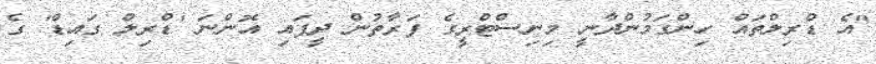
"އެ ޑްރިލްތައް ހިންގަމުންދާނީ މިނިސްޓްރީގެ ފަރާތުން ދީފައި އޮންނަ 'ޑްރިލް ގައިޑް' ގެ